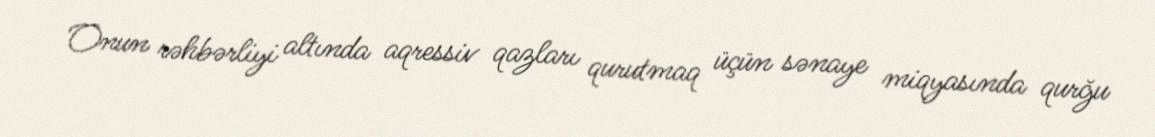
Onun rəhbərliyi altında aqressiv qazları qurutmaq üçün sənaye miqyasında qurğu